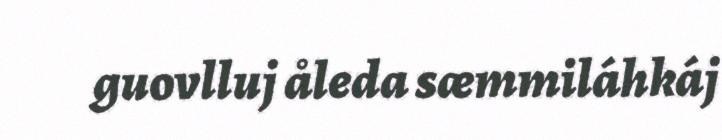
guovlluj åleda sæmmiláhkáj